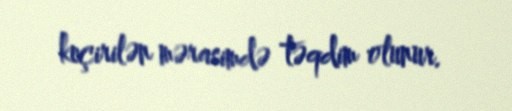
keçirilən mərasimdə təqdim olunur.